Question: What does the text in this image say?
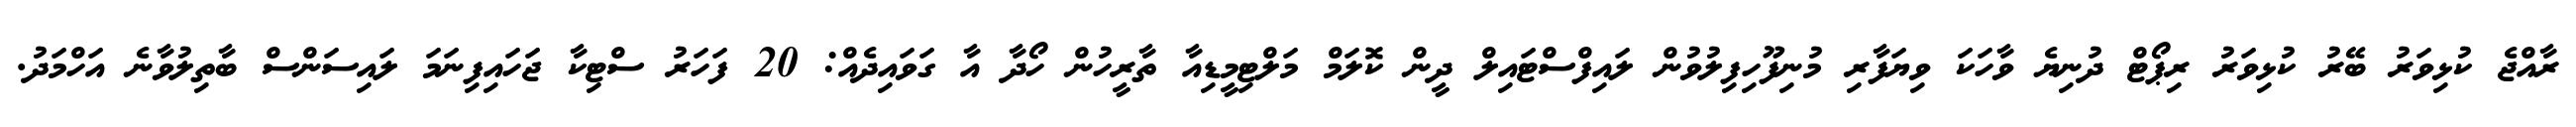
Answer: ރާއްޖެ ކުޅިވަރު ބޭރު ކުޅިވަރު ރިޕޯޓް ދުނިޔެ ވާހަކަ ވިޔަފާރި މުނިފޫހިފިލުވުން ލައިފްސްޓައިލް ދީން ކޮލަމް މަލްޓިމީޑިއާ ތާރީހުން ހޯދާ އާ ގަވައިދެއް: 20 ފަހަރު ސްޓިކާ ޖަހައިފިނަމަ ލައިސަންސް ބާތިލުވާނެ އަހްމަދު.